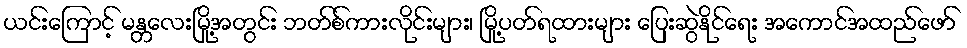
ယင်းကြောင့် မန္တလေးမြို့အတွင်း ဘတ်စ်ကားလိုင်းများ၊ မြို့ပတ်ရထားများ ပြေးဆွဲနိုင်ရေး အကောင်အထည်ဖော်